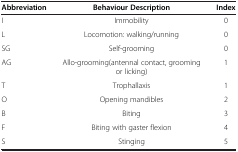
<table><thead><tr><td><b>Abbreviation</b></td><td><b>Behaviour Description</b></td><td><b>Index</b></td></tr></thead><tbody><tr><td>I</td><td>Immobility</td><td>0</td></tr><tr><td>L</td><td>Locomotion: walking/running</td><td>0</td></tr><tr><td>SG</td><td>Self-grooming</td><td>0</td></tr><tr><td>AG</td><td>Allo-grooming(antennal contact, grooming or licking)</td><td>1</td></tr><tr><td>T</td><td>Trophallaxis</td><td>1</td></tr><tr><td>O</td><td>Opening mandibles</td><td>2</td></tr><tr><td>B</td><td>Biting</td><td>3</td></tr><tr><td>F</td><td>Biting with gaster flexion</td><td>4</td></tr><tr><td>S</td><td>Stinging</td><td>5</td></tr></tbody></table>